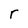
Character: r